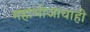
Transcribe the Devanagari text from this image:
महाभोजाचाही